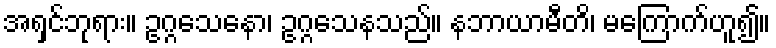
အရှင်ဘုရား။ ဥဂ္ဂသေနော၊ ဥဂ္ဂသေနသည်။ နဘာယာမီတိ၊ မကြောက်ဟူ၍။